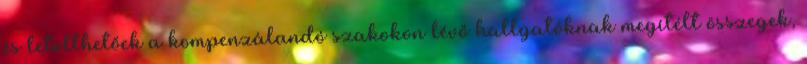
és letölthetőek a kompenzálandó szakokon lévő hallgatóknak megítélt összegek,